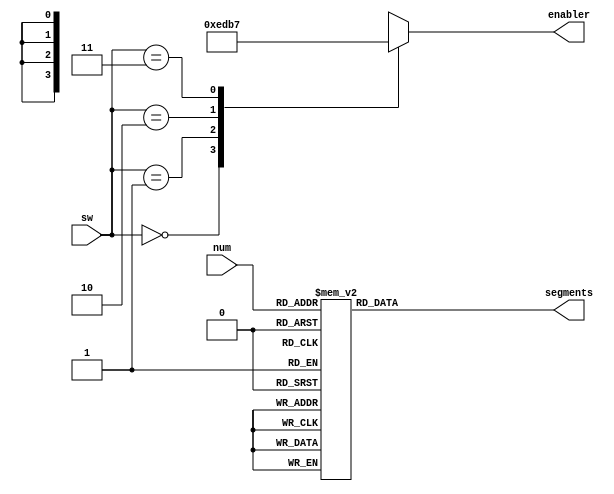
module SevenSeg (input [3:0] num,
 input [0:1]sw, 
 output reg [0:6] segments,
 output reg [3:0] enabler
 );

always@ (*) begin
case(sw)
0: enabler = 4'b1110;
1: enabler = 4'b1101;
2: enabler = 4'b1011; 
3: enabler = 4'b0111;
endcase
end

always @ (*) begin
case(num)
0: segments = 7'b0000001;
1: segments = 7'b1001111;
2: segments = 7'b0010010;
3: segments = 7'b0000110;
4: segments = 7'b1001100;
5: segments = 7'b0100100;
6: segments = 7'b0100000;
7: segments = 7'b0001111;
8: segments = 7'b0000000;
9: segments = 7'b0000100;
10: segments = 7'b0001000;
11: segments = 7'b1100000;
12: segments = 7'b0110001;
13: segments = 7'b1000010;
14: segments = 7'b0110000;
15: segments = 7'b0111000;
default: segments= 7'b0000001;
endcase
end
endmodule